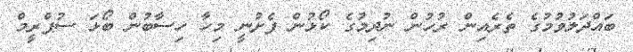
ބައްދަލުވުމުގެ ތެރެއިން ރުހުން ނުދިމުގެ ކޯޅުން ފެށުނީ މިހާ ހިސާބުން ބޯޅަ ސުޕްރީމް